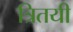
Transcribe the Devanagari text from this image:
त्रितयी